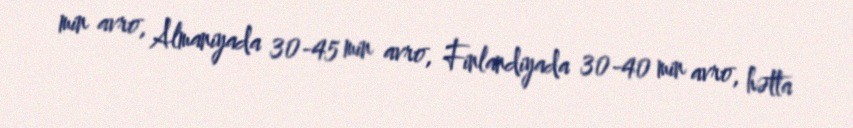
min avro, Almaniyada 30-45 min avro, Finlandiyada 30-40 min avro, hətta